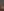
.